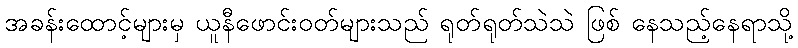
အခန်းထောင့်များမှ ယူနီဖောင်းဝတ်များသည် ရုတ်ရုတ်သဲသဲ ဖြစ် နေသည့်နေရာသို့